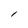
Character: l